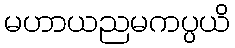
မဟာယညမကပ္ပယိ